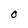
Character: O